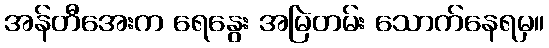
အန်တီအေးက ရေနွေး အမြဲတမ်း သောက်နေရမှ။